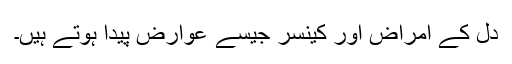
دل کے امراض اور کینسر جیسے عوارض پیدا ہوتے ہیں۔